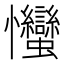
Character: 𢦈